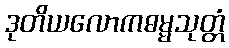
ဒုတိယလောကဓမ္မသုတ္တံ